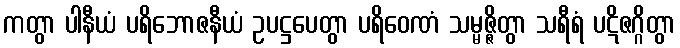
ကတွာ ပါနီယံ ပရိဘောဇနီယံ ဥပဋ္ဌပေတွာ ပရိဝေဏံ သမ္မဇ္ဇိတွာ သရီရံ ပဋိဇဂ္ဂိတွာ